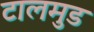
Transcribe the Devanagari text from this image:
टालमुड